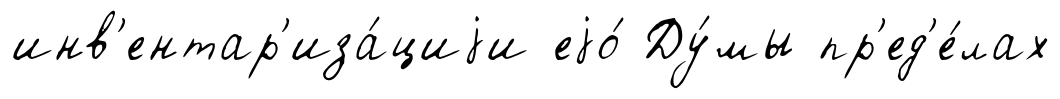
инв'ентар'иза́циjи еjо́ Ду́мы пр'ед'е́лах